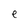
Character: e